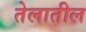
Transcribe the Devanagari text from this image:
तेलातील